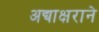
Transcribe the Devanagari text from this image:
अद्याक्षराने